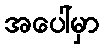
အပေါ်မှာ